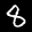
Label: 8